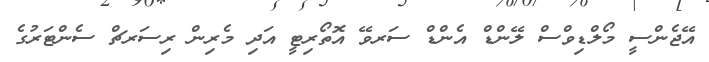
އޭޖެންސީ މޯލްޑިވްސް ލޭންޑް އެންޑް ސަރވޭ އޮތޯރިޓީ އަދި މެރިން ރިސަރޗް ސެންޓަރުގެ